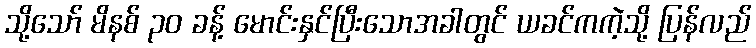
သို့သော် မိနစ် ၃၀ ခန့် မောင်းနှင်ပြီးသောအခါတွင် ယခင်ကကဲ့သို့ ပြန်လည်